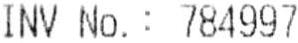
INV NO.: 784997